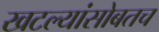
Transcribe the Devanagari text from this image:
खटल्यांसोबतच